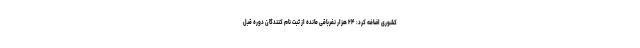
کشوری اضافه کرد: ۲۴ هزار نفرباقی مانده از ثبت نام کنندگان دوره قبل